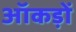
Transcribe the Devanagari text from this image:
ऑकड़ों